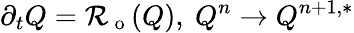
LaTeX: \partial_{t}Q=\mathcal{R}_{\mathrm{~o~}}(Q),\ Q^{n}\to Q^{n+1,*}